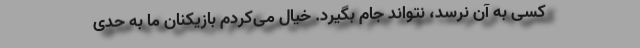
کسی به آن نرسد، نتواند جام بگیرد. خیال می‌کردم بازیکنان ما به حدی